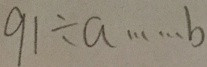
9 1 \div a \cdots b